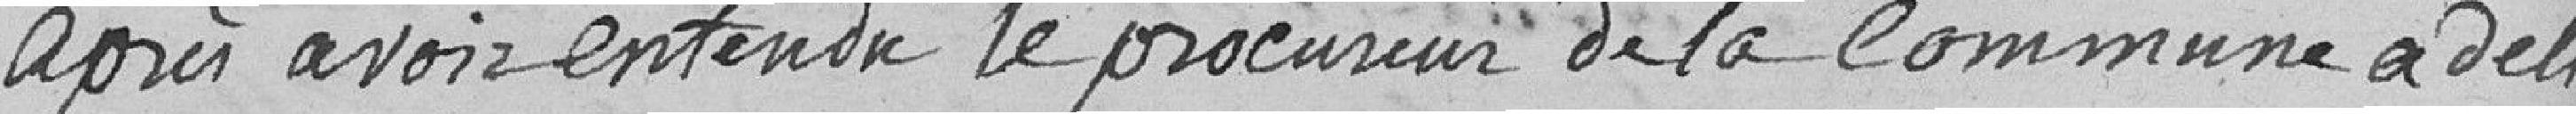
après avoir entendu le procureur de la commune a deli